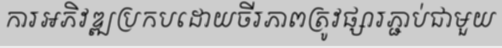
ការអភិវឌ្ឍប្រកបដោយចីរភាពត្រូវផ្សារភ្ជាប់ជាមួយ